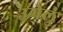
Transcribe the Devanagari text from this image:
उगेलुं